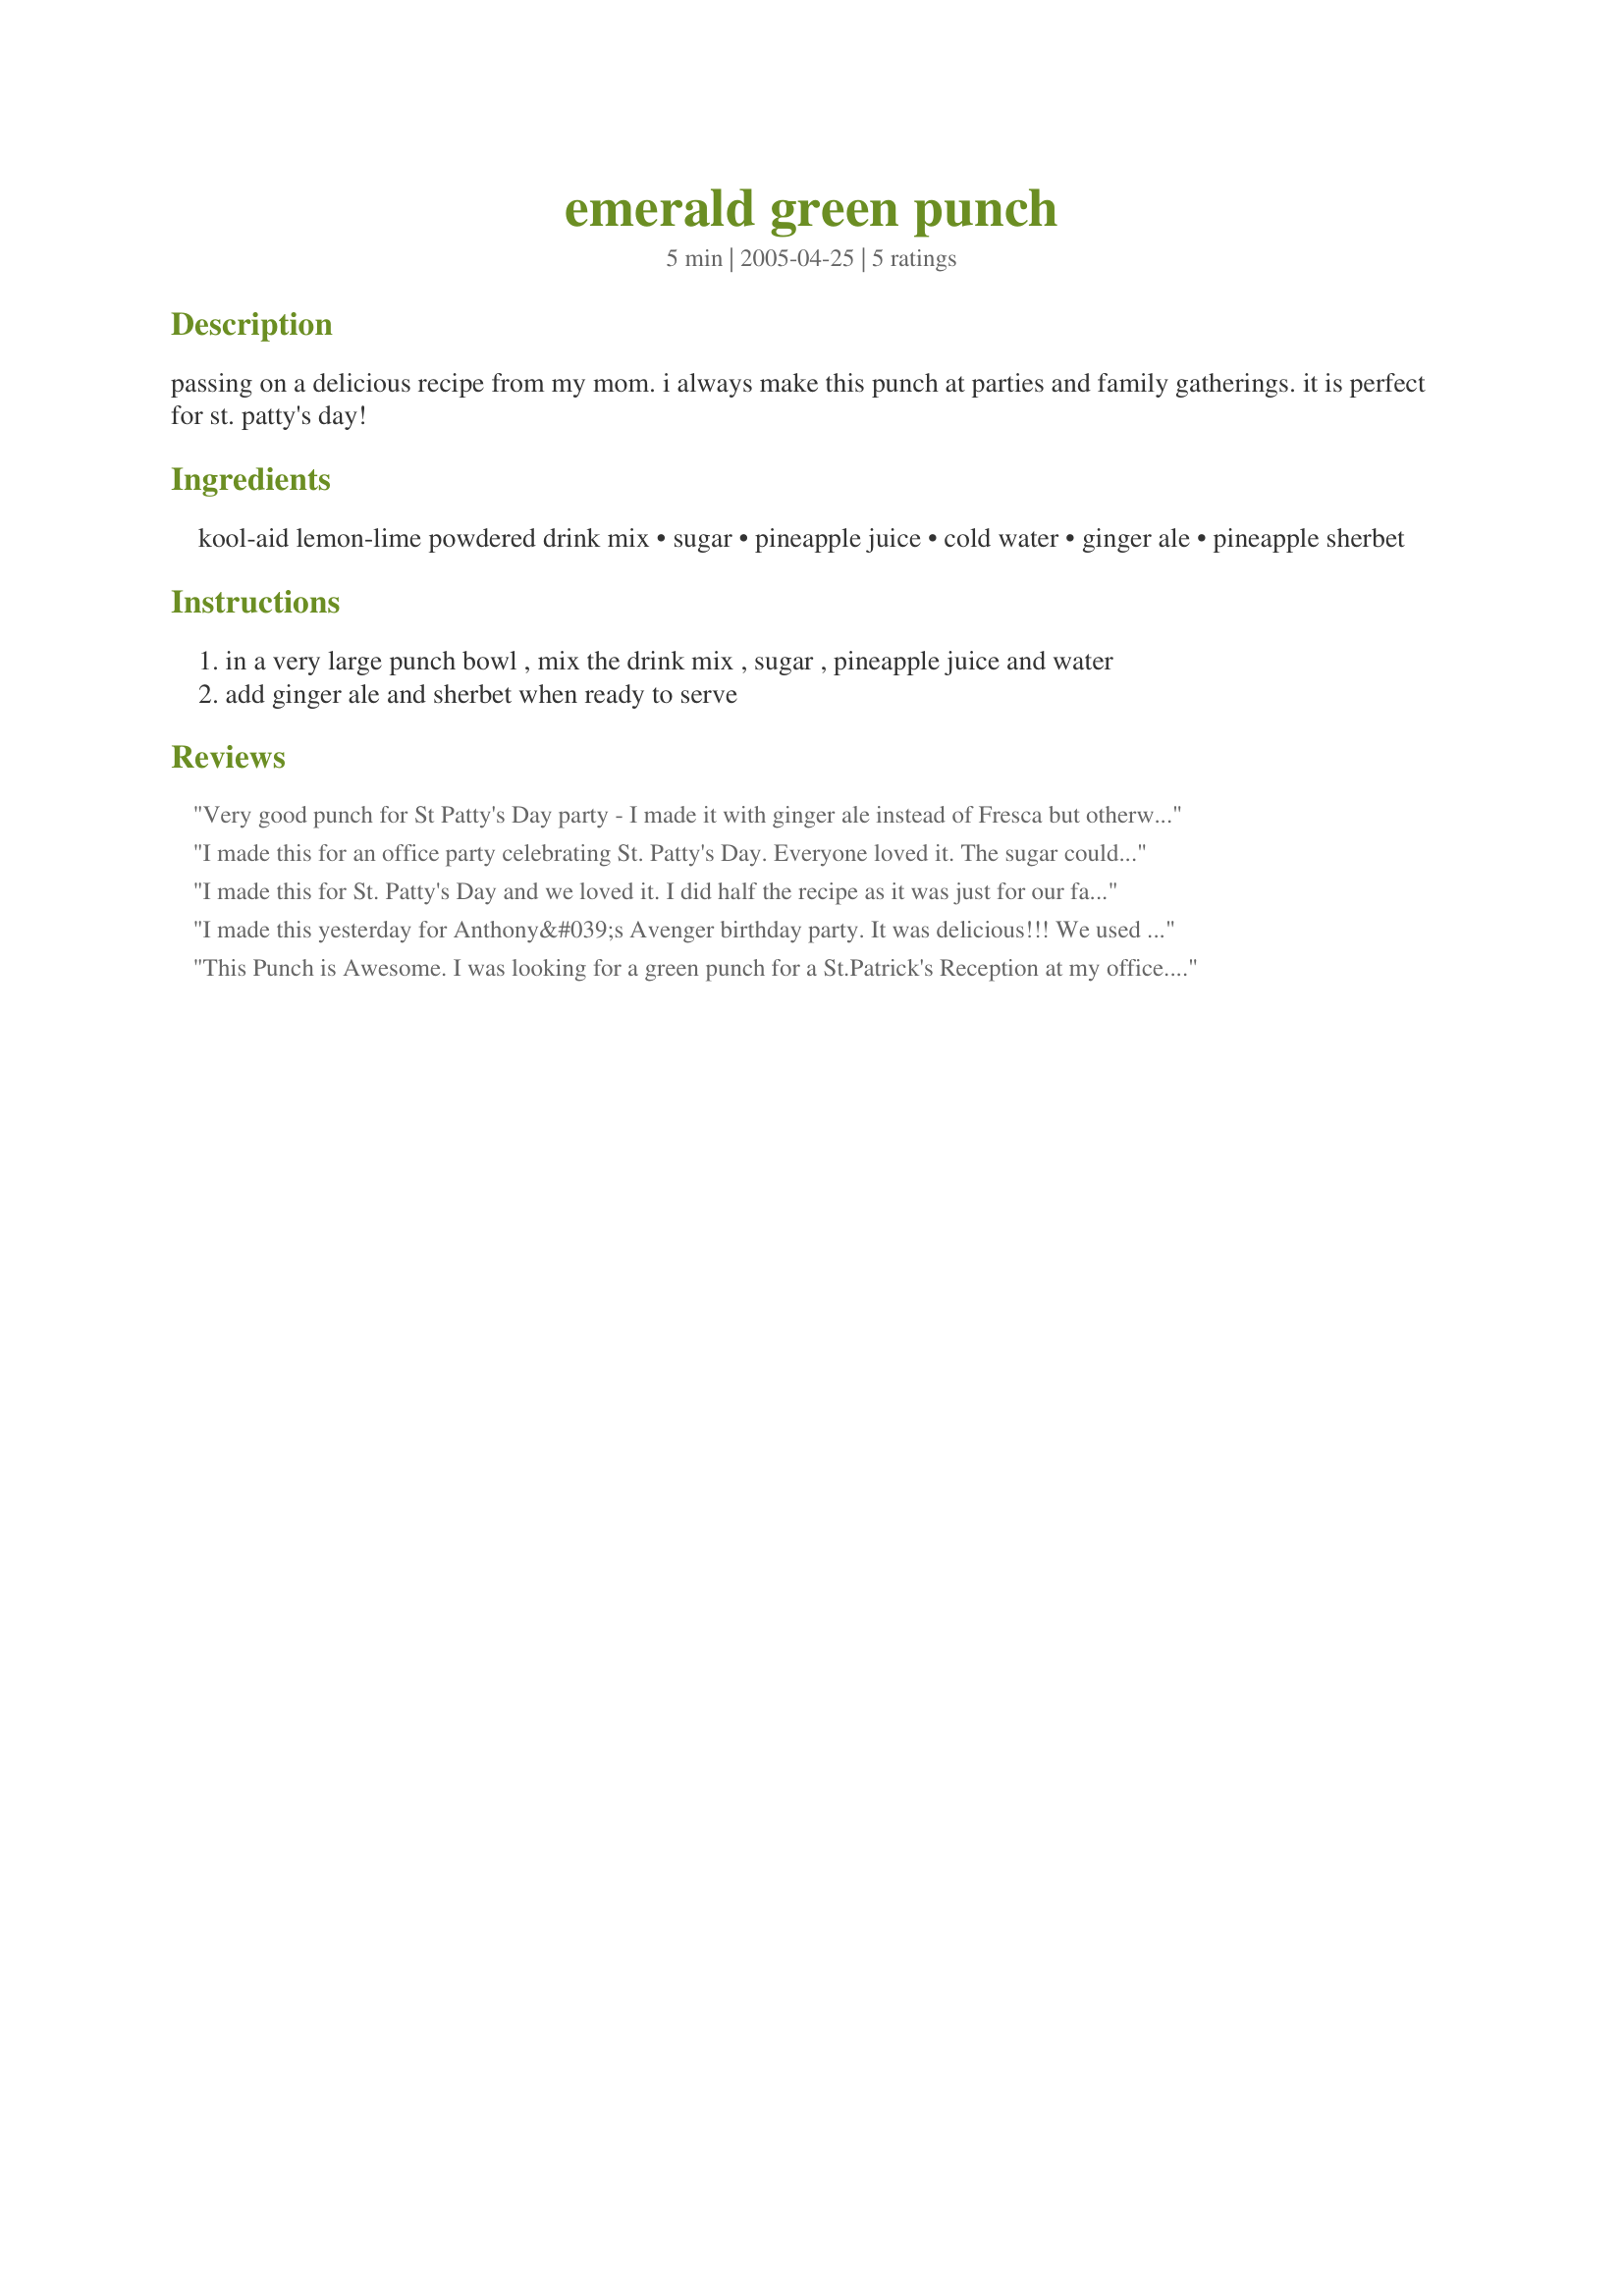
emerald green punch
Preparation time: 5 minutes

passing on a delicious recipe from my mom. i always make this punch at parties and family gatherings. it is perfect for st. patty's day!

Ingredients:
kool-aid lemon-lime powdered drink mix, sugar, pineapple juice, cold water, ginger ale, pineapple sherbet

Steps:
in a very large punch bowl , mix the drink mix , sugar , pineapple juice and water
add ginger ale and sherbet when ready to serve

Reviews:
Very good punch for St Patty's Day party - I made it with ginger ale instead of Fresca but otherwise kept it as is. I let those who wanted to spike it do so by the glass so that the designated drivers would still have something delicious to drink too!
I made this for an office party celebrating St. Patty's Day. Everyone loved it. The sugar could probably be cut down because it collected a bit at the bottom of the punch bowl. I could not find any lime kool-aid so I mixed a blue raspberry kool-aid with a lemonade kool-aid. Yellow and blue make green! Worked great! Delicious and very addicting.
I made this for St. Patty's Day and we loved it. I did half the recipe as it was just for our family and it still made alot of punch. I used the lime sherbert and we loved it. I put the remaining punch in a jar and we just shook it up before pouring some in the glass. Even though the sherbert was melted the day after we still loved the punch. Thank you for sharing with us.
I made this yesterday for Anthony&#039;s Avenger birthday party. It was delicious!!! We used lime sherbet, but I am sure pineapple would also be great!
This Punch is Awesome. I was looking for a green punch for a St.Patrick's Reception at my office. It went over so well, it is now used at all of our Receptions. We have around 3-5 receptions a year for various reasons, and everyone requests that i make the "Green Punch" every time. I have added both the lime and pineapple sherbet, and have also used sprite and 7-up in place of the fresca. Perfect!
